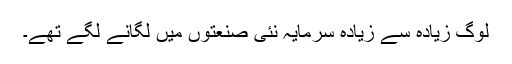
لوگ زیادہ سے زیادہ سرمایہ نئی صنعتوں میں لگانے لگے تھے۔